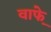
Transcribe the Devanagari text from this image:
वाफे़